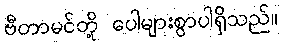
ဗီတာမင်တို့ ပေါများစွာပါရှိသည်။